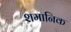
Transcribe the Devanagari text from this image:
शमानिक